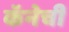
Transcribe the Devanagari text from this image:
कॅनेची